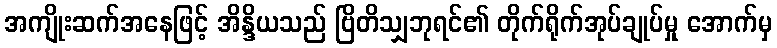
အကျိုးဆက်အနေဖြင့် အိန္ဒိယသည် ဗြိတိသျှဘုရင်၏ တိုက်ရိုက်အုပ်ချုပ်မှု အောက်မှ